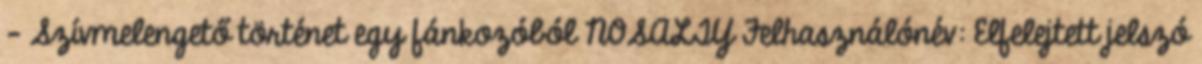
- Szívmelengető történet egy fánkozóból NOSALTY Felhasználónév: Elfelejtett jelszó